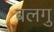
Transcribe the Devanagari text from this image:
बलगु